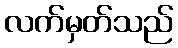
လက်မှတ်သည်